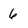
Character: 6